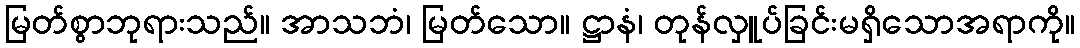
မြတ်စွာဘုရားသည်။ အာသဘံ၊ မြတ်သော။ ဋ္ဌာနံ၊ တုန်လှူပ်ခြင်းမရှိသောအရာကို။